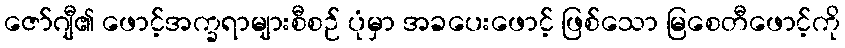
ဇော်ဂျီ၏ ဖောင့်အက္ခရာများစီစဉ် ပုံမှာ အခပေးဖောင့် ဖြစ်သော မြစေတီဖောင့်ကို